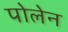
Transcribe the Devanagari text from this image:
पोलेन